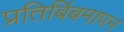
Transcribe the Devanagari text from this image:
प्रतिबिंबमापन